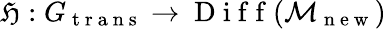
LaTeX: \mathfrak{H}:G_{\mathrm{{~t~r~a~n~s~}}}\to\mathrm{{~D~i~f~f~}}(\mathcal{{M}}_{\mathrm{{~n~e~w~}}})